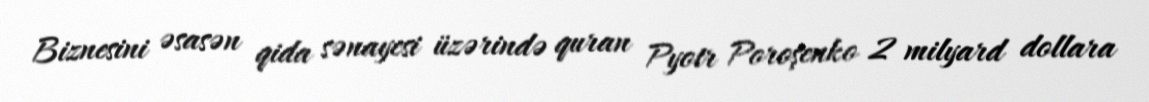
Biznesini əsasən qida sənayesi üzərində quran Pyotr Poroşenko 2 milyard dollara